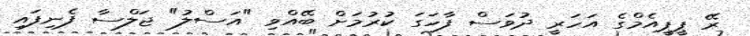
ރޭ ޕީޕީއެމްގެ އަހަރީ ދުވަސް ފާހަގަ ކުރުމަށް ބޭއްވި "އަސްލު" ޖަލްސާ ފެނިފައި